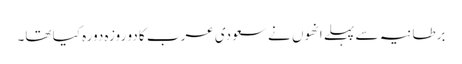
برطانیہ سے پہلے انھوں نے سعودی عرب کا دو روزہ دورہ کیا تھا۔